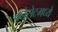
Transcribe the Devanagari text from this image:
क्नेसेटमध्ये